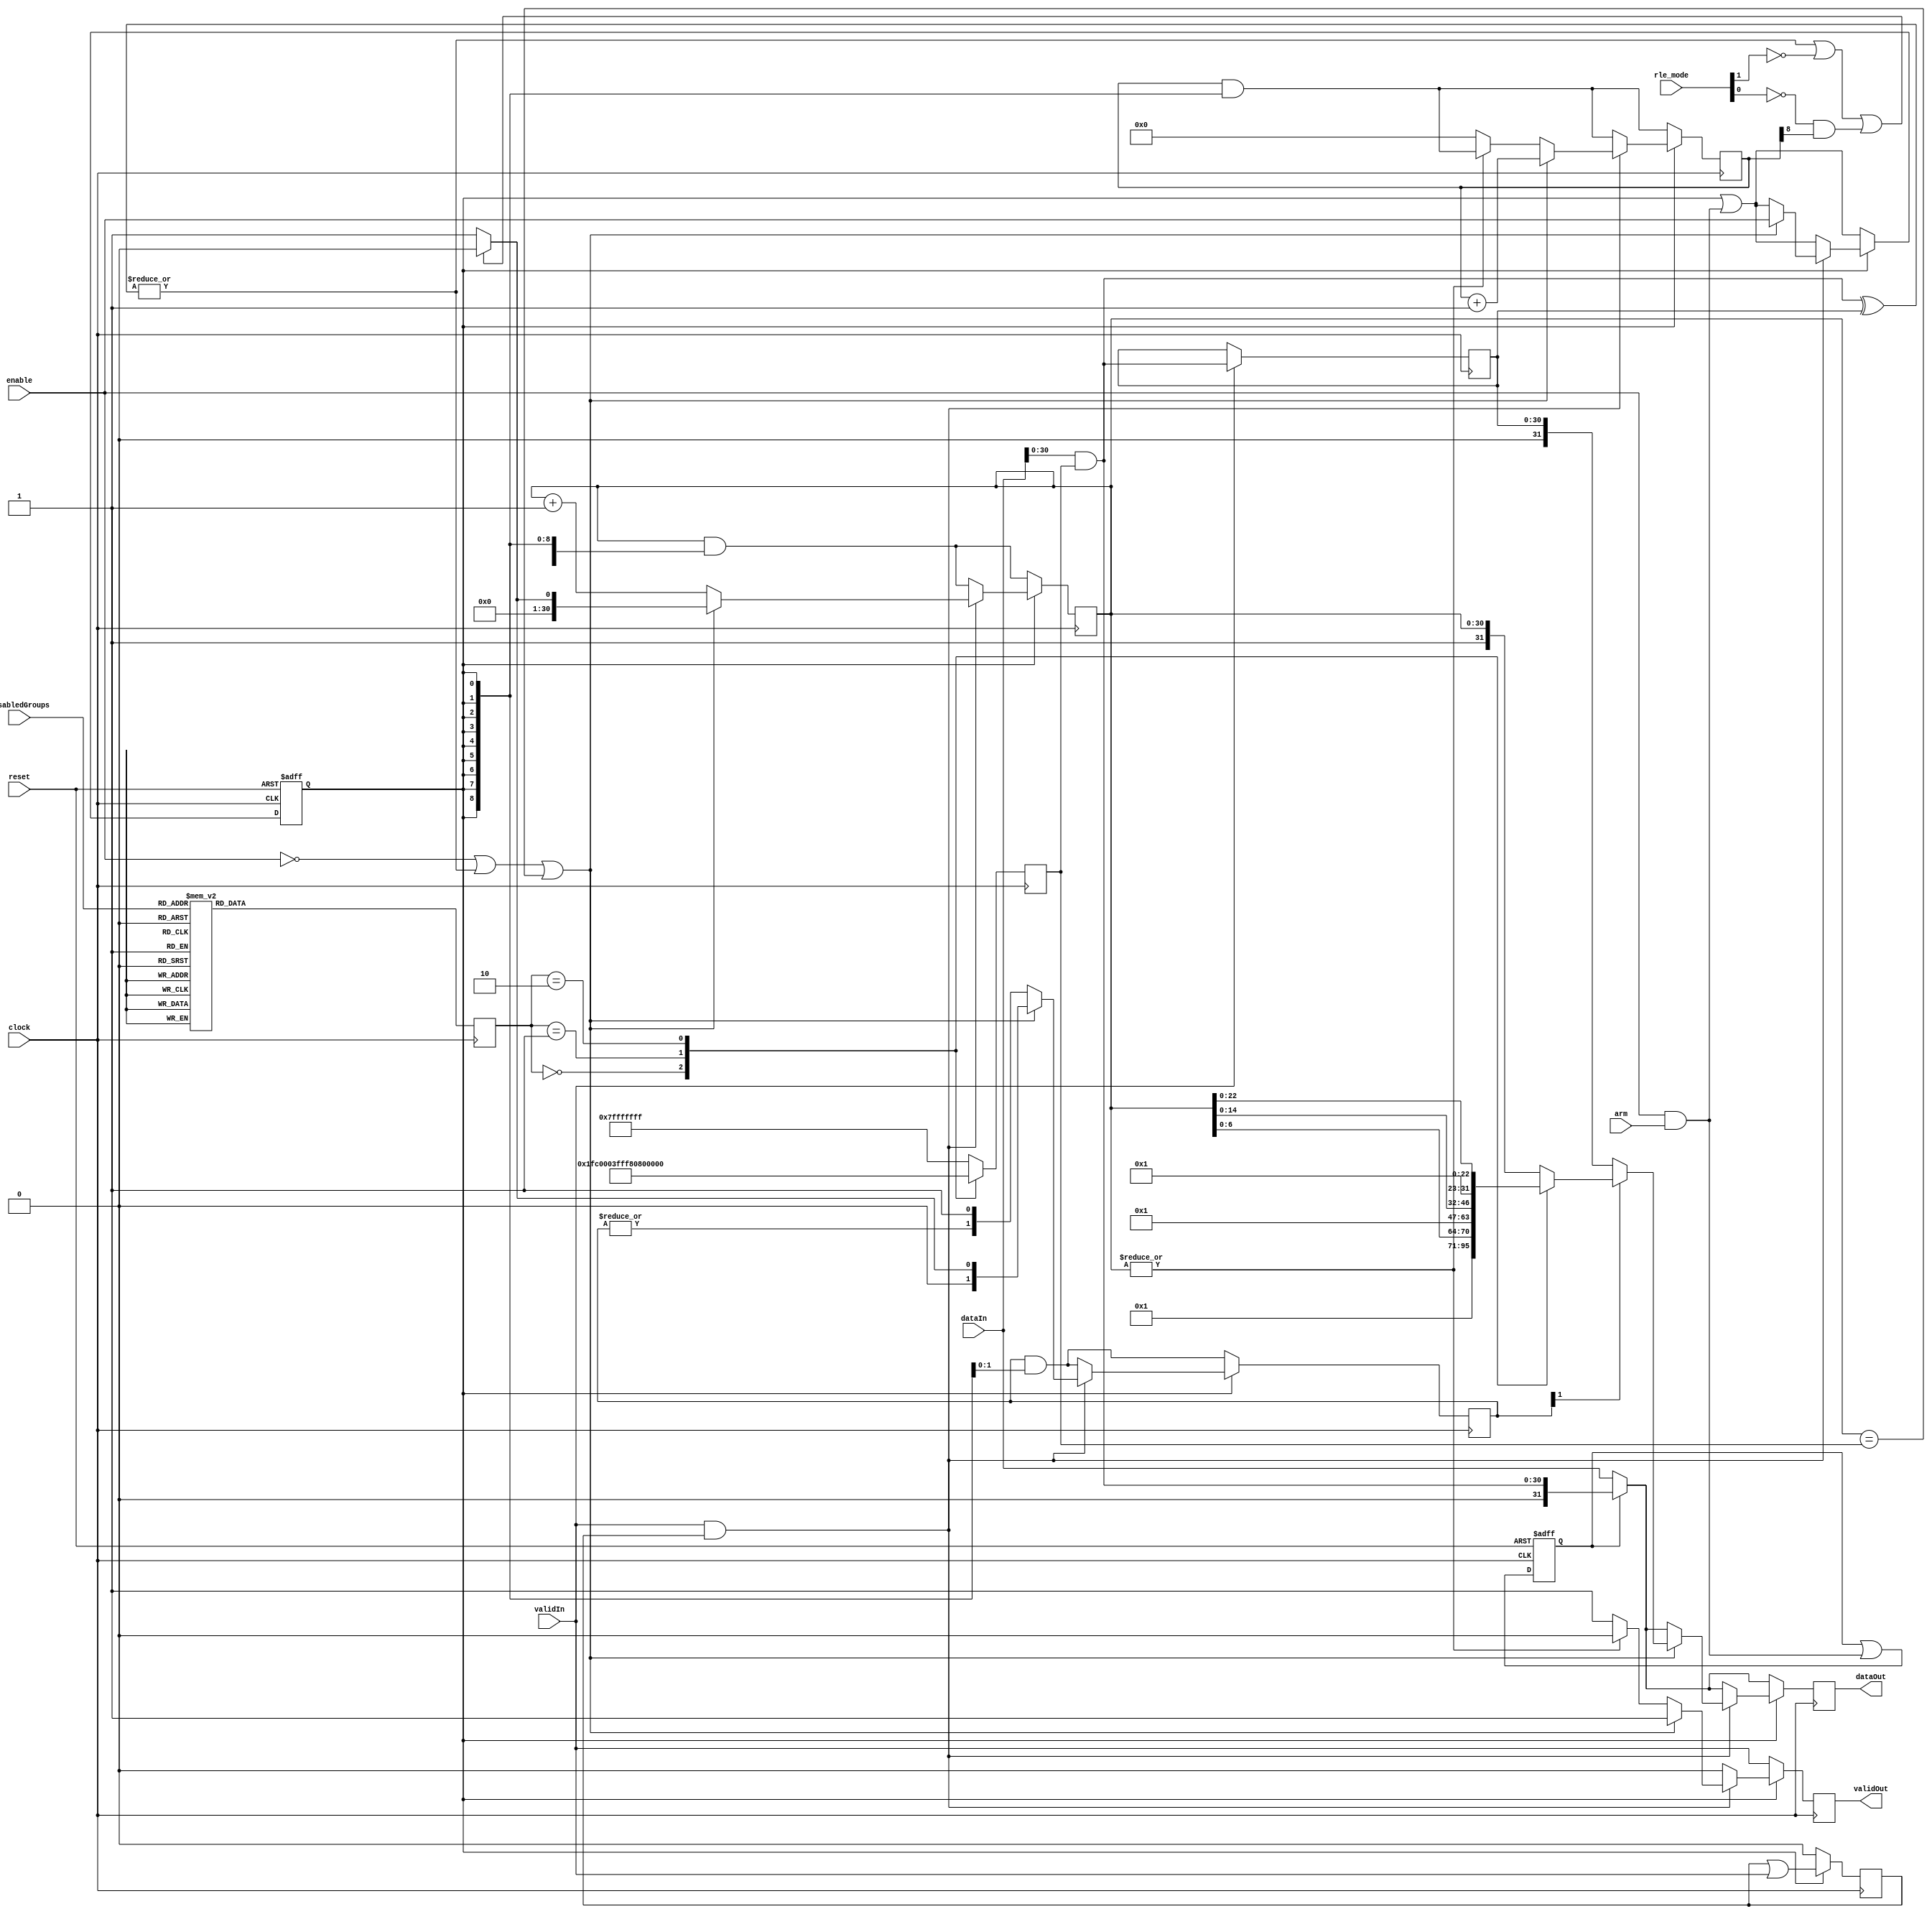
module rle_enc(
  clock, reset, 
  enable, arm, 
  rle_mode, disabledGroups, 
  dataIn, validIn, 
  // outputs...
  dataOut, validOut);

input clock, reset;
input enable, arm;
input [1:0] rle_mode;
input [3:0] disabledGroups;
input [31:0] dataIn;
input validIn;
output [31:0] dataOut;
output validOut;

localparam TRUE = 1'b1;
localparam FALSE = 1'b0;
localparam RLE_COUNT = 1'b1;


//
// Registers...
//
reg active, next_active;
reg mask_flag, next_mask_flag;
reg [1:0] mode, next_mode;
reg [30:0] data_mask, next_data_mask;
reg [30:0] last_data, next_last_data;
reg last_valid, next_last_valid;
reg [31:0] dataOut, next_dataOut;
reg validOut, next_validOut;

reg [30:0] count, next_count;		// # of times seen same input data
reg [8:0] fieldcount, next_fieldcount;	// # times output back-to-back <rle-counts> with no <value>
reg [1:0] track, next_track;		// Track if at start of rle-coutn sequence.

wire [30:0] inc_count = count+1'b1;
wire count_zero = ~|count;
wire count_gt_one = track[1];
wire count_full = (count==data_mask);

reg mismatch;

wire [30:0] masked_dataIn = dataIn & data_mask;


// Repeat mode: In <value><rle-count> pairs, a count of 4 means 4 samples.
//   In other words, in repeat mode the count is inclusive of the value.
//   When disabled (repitition mode), the count is exclusive.
wire rle_repeat_mode = 0; // (rle_mode==0);  // Disabled - modes 0 & 1 now identical


//
// Figure out what mode we're in (8/16/24 or 32 bit)...
//
always @ (posedge clock)
begin
  mode = next_mode;
  data_mask = next_data_mask;
end
always @*
begin
  next_mode = 2'h3; // 24 or 32-bit
  case (disabledGroups)
    4'b1110,4'b1101,4'b1011,4'b0111 : next_mode = 2'h0; // 8-bit
    4'b1100,4'b1010,4'b0110,4'b1001,4'b0101,4'b0011 : next_mode = 2'h1; // 16-bit
    4'b1000,4'b0100,4'b0010,4'b0001 : next_mode = 2'h2; // 24-bit
  endcase

  // Mask to strip off disabled groups.  Data must have already been
  // aligned (see data_align.v)...
  next_data_mask = 32'h7FFFFFFF;
  case (mode)
    2'h0 : next_data_mask = 32'h0000007F;
    2'h1 : next_data_mask = 32'h00007FFF;
    2'h2 : next_data_mask = 32'h007FFFFF;
  endcase
end


//
// Control Logic...
//
initial begin active=0; mask_flag=0; count=0; fieldcount=0; track=0; validOut=0; last_valid=0; end
always @ (posedge clock or posedge reset)
begin
  if (reset)
    begin
      active = 0;
      mask_flag = 0;
    end
  else 
    begin
      active = next_active;
      mask_flag = next_mask_flag;
    end
end

always @ (posedge clock)
begin
  count = next_count;
  fieldcount = next_fieldcount;
  track = next_track;
  dataOut = next_dataOut;
  validOut = next_validOut;
  last_data = next_last_data;
  last_valid = next_last_valid;
end

always @*
begin
  next_active = active | (enable && arm);
  next_mask_flag = mask_flag | (enable && arm); // remains asserted even if rle_enable turned off

  next_dataOut = (mask_flag) ? masked_dataIn : dataIn;
  next_validOut = validIn;
  next_last_data = (validIn) ? masked_dataIn : last_data; 
  next_last_valid = FALSE;
  next_count = count & {31{active}};
  next_fieldcount = fieldcount & {9{active}};
  next_track = track & {2{active}};

  mismatch = |(masked_dataIn^last_data); // detect any difference not masked

  if (active)
    begin
      next_validOut = FALSE;
      next_last_valid = last_valid | validIn;

      if (validIn && last_valid)
        if (!enable || mismatch || count_full) // if mismatch, or counter full, then output count (if count>1)...
          begin
	    next_active = enable;
            next_validOut = TRUE;
            next_dataOut = {RLE_COUNT,count};
            case (mode)
              2'h0 : next_dataOut = {RLE_COUNT,count[6:0]};
              2'h1 : next_dataOut = {RLE_COUNT,count[14:0]};
              2'h2 : next_dataOut = {RLE_COUNT,count[22:0]};
            endcase
            if (!count_gt_one) next_dataOut = last_data;

	    next_fieldcount = fieldcount+1'b1; // inc # times output rle-counts

	    // If mismatch, or rle_mode demands it, set count=0 (which will force reissue of a <value>).
	    // Otherwise, set to 1 to avoid thre redundant <value> from being output.
	    next_count = (mismatch || ~rle_mode[1] || ~rle_mode[0] & fieldcount[8]) ? 0 : 1;
	    next_track = next_count[1:0];
          end
        else // match && !count_full
	  begin
            next_count = inc_count;
	    if (count_zero) // write initial data if count zero
	      begin
		next_fieldcount = 0;
		next_validOut = TRUE;
	      end
	    if (rle_repeat_mode && count_zero) next_count = 2;
	    next_track = {|track,1'b1};
	  end
    end
end
endmodule